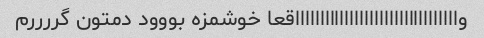
واااااااااااااااااااااااااااااااااقعا خوشمزه بووود دمتون گررررم